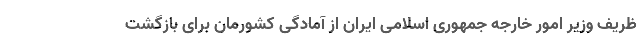
ظریف وزیر امور خارجه جمهوری اسلامی ایران از آمادگی کشورمان برای بازگشت